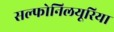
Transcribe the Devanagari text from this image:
सल्फोनिलयूरिया